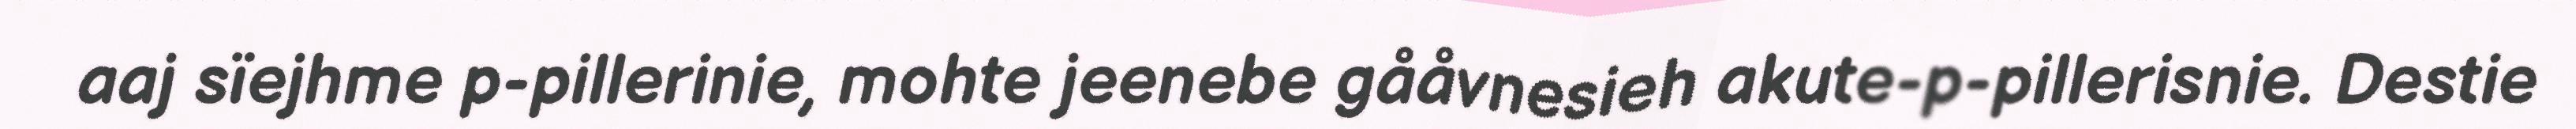
aaj sïejhme p-pillerinie, mohte jeenebe gååvnesieh akute-p-pillerisnie. Destie